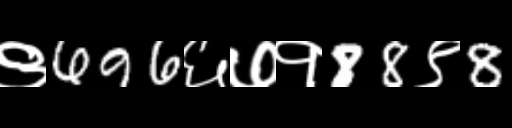
Text: ९696६७१88९8